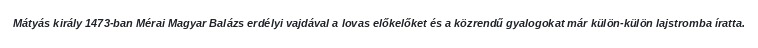
Mátyás király 1473-ban Mérai Magyar Balázs erdélyi vajdával a lovas előkelőket és a közrendű gyalogokat már külön-külön lajstromba íratta.